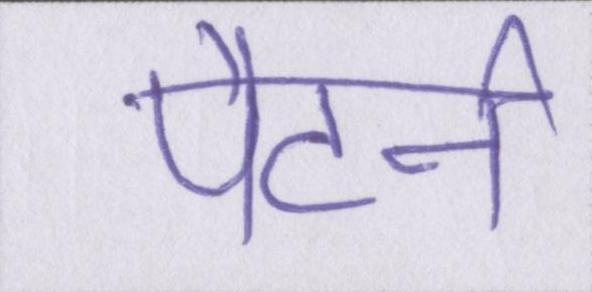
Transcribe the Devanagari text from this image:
पैटर्न